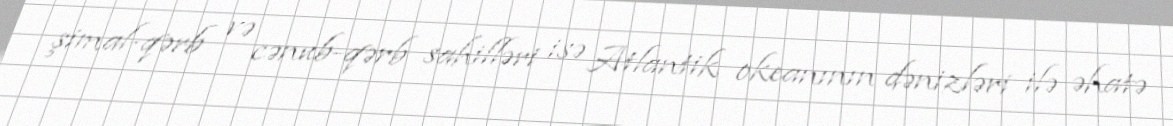
şimal-qərb və cənub-qərb sahilləri isə Atlantik okeanının dənizləri ilə əhatə